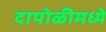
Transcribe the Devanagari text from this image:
दापोळीमध्ये